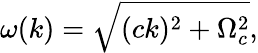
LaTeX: \omega(k)=\sqrt{(ck)^{2}+\Omega_{c}^{2}},